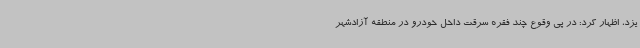
یزد، اظهار کرد: در پی وقوع چند فقره سرقت داخل خودرو در منطقه آزادشهر